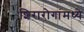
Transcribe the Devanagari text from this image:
शिरारोगांमध्ये